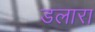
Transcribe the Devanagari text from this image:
डलारा